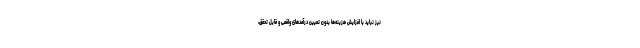
نیز نباید با افزایش هزینه‌ها بدون تعیین درآمدهای واقعی و قابل تحقق،